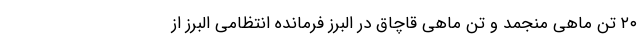
۲۰ تن ماهی منجمد و تنِ ماهی قاچاق در البرز فرمانده انتظامی البرز از